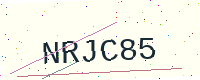
Text: NRJC85